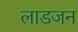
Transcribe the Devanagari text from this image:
लाडजन